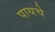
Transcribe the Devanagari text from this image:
पायचे